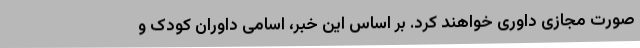
صورت مجازی داوری خواهند کرد. بر اساس این خبر، اسامی داوران کودک و